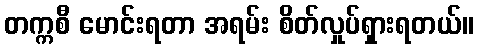
တက္ကစီ မောင်းရတာ အရမ်း စိတ်လှုပ်ရှားရတယ်။